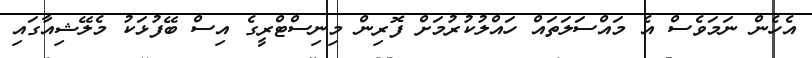
އެހެން ނަމަވެސް އެ މައްސަލަތައް ހައްލުކުރުމަށް ފޮރިން މިނިސްޓްރީގެ އިސް ބޭފުޅަކު މެލޭޝިއާގައި